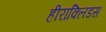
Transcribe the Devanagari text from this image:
हीराक्लिडस